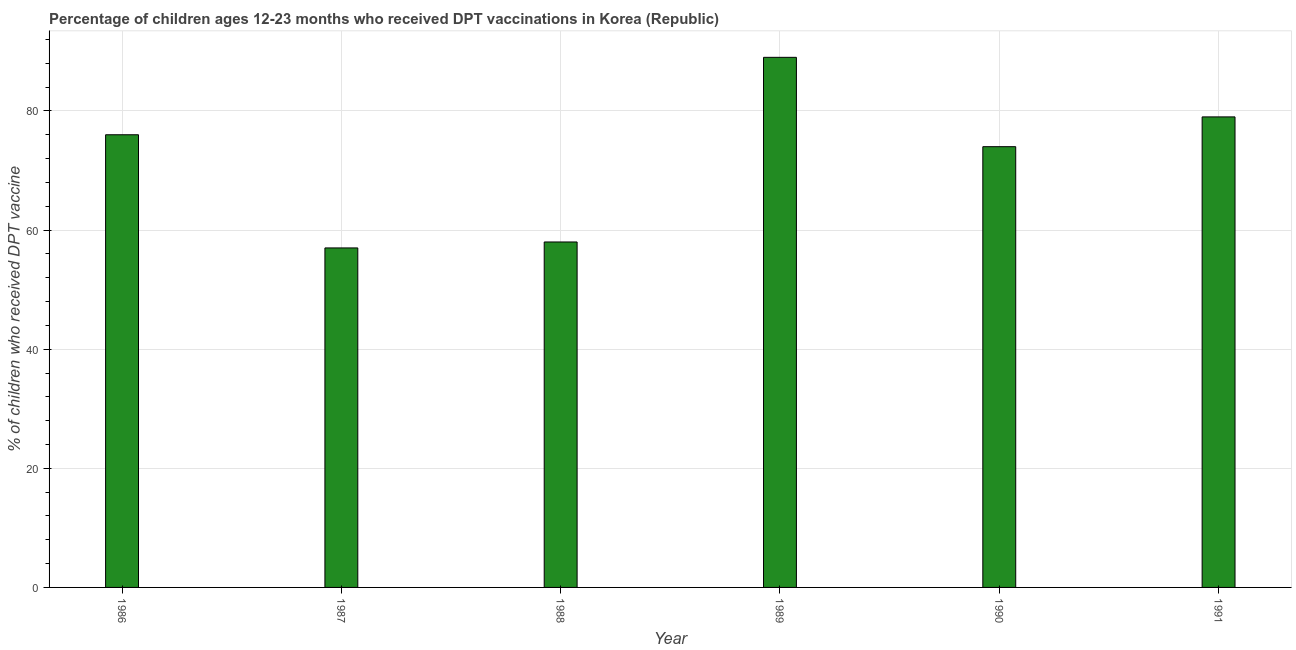
| Year | Immunization |
 | --- | --- |
 | 1986 | 76 |
 | 1987 | 57 |
 | 1988 | 58 |
 | 1989 | 89 |
 | 1990 | 74 |
 | 1991 | 79 |